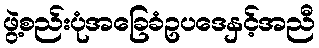
ဖွဲ့စည်းပုံအခြေခံဥပဒေနှင့်အညီ